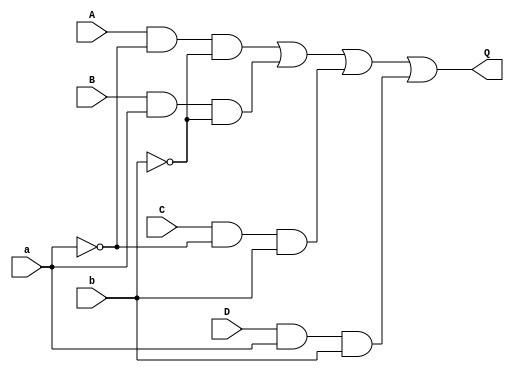
module mux4x1(output Q, input A, B, C, D, a, b);

    wire a_c, b_c, a_and, b_and, c_and, d_and;

    not(a_c, a);
    not(b_c, b);

    and(a_and, A, a_c, b_c);
    and(b_and, B, a, b_c);
    and(c_and, C, a_c, b);
    and(d_and, D, a, b);

    or(Q, a_and, b_and, c_and, d_and);

endmodule